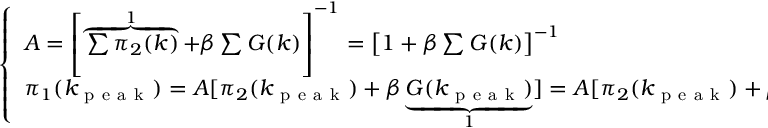
\left\{ \begin{array} { l } { A = \left[ \overbrace { \sum \pi _ { 2 } ( k ) } ^ { 1 } + \beta \sum G ( k ) \right] ^ { - 1 } = \left[ 1 + \beta \sum G ( k ) \right] ^ { - 1 } } \\ { \pi _ { 1 } ( k _ { \mathrm { ~ p ~ e ~ a ~ k ~ } } ) = A [ \pi _ { 2 } ( k _ { \mathrm { ~ p ~ e ~ a ~ k ~ } } ) + \beta \underbrace { G ( k _ { \mathrm { ~ p ~ e ~ a ~ k ~ } } ) } _ { 1 } ] = A [ \pi _ { 2 } ( k _ { \mathrm { ~ p ~ e ~ a ~ k ~ } } ) + \beta ] } \end{array} \right.